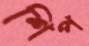
শিপ